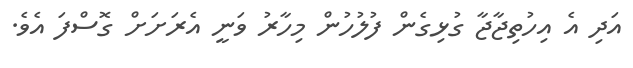
އަދި އެ އިހުތިޖާޖާ ގުޅިގެން ފުލުހުން މިހާރު ވަނީ އެރަށަށް ގޮސްފަ އެވެ.